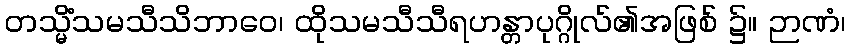
တသ္မိံသမသီသိဘာဝေ၊ ထိုသမသီသီရဟန္တာပုဂ္ဂိုလ်၏အဖြစ် ၌။ ဉာဏံ၊